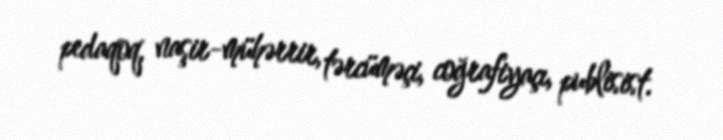
pedaqoq, naşir-mühərrir, tərcüməçi, coğrafiyaçı, publisist.